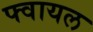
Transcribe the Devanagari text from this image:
फ्वायल